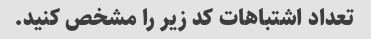
تعداد اشتباهات کد زیر را مشخص کنید.